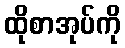
ထိုစာအုပ်ကို